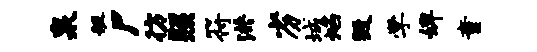
泉艇尸彷照符洪劣城焰毁学婢童